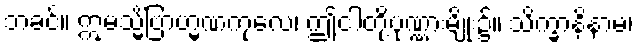
ဘခင်။ ဣမသ္မိံဗြာဟ္မဏကုလေ၊ ဤငါတို့ပုဏ္ဏားမျိုး၌။ သိက္ခာနိနာမ၊